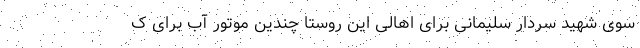
سوی شهید سردار سلیمانی برای اهالی این روستا چندین موتور آب برای ک